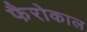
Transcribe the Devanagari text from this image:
फैरोकाल